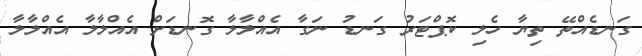
ގަނޑެއްތޭ ތިޔާ ހެލި ކޮޕްޓަރު ގަނޑު ނަގާ އެއްލާލާ ގޮނޑަށް އެއްލާލާ އެއްލާލާ